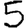
Digit: 5